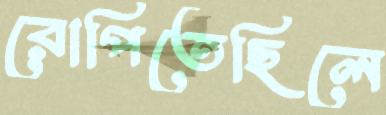
রোপিতেছিলে